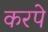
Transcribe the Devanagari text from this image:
करपे